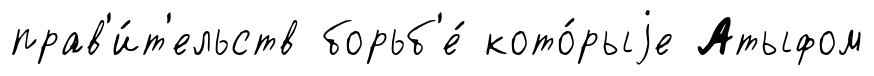
прав'и́т'ельств борьб'е́ кото́рыjе Атыфом